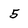
Character: 5